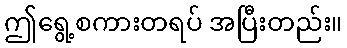
ဤရွေ့စကားတရပ် အပြီးတည်း။